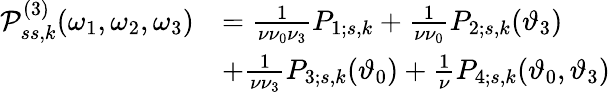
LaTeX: \begin{array}{rl}{\mathcal{P}_{ss,k}^{(3)}(\omega_{1},\omega_{2},\omega_{3})}&{=\frac{1}{\nu\nu_{0}\nu_{3}}P_{1;s,k}+\frac{1}{\nu\nu_{0}}P_{2;s,k}(\vartheta_{3})}\\ &{+\frac{1}{\nu\nu_{3}}P_{3;s,k}(\vartheta_{0})+\frac{1}{\nu}P_{4;s,k}(\vartheta_{0},\vartheta_{3})}\end{array}